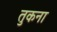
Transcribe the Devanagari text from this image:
तुकना